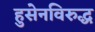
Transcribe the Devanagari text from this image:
हुसेनविरुद्ध